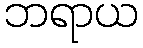
ဘရာယ